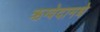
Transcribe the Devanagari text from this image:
ऋग्वेदामधे